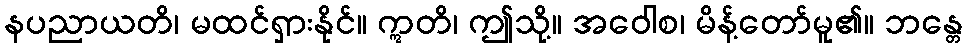
နပညာယတိ၊ မထင်ရှားနိုင်။ ဣတိ၊ ဤသို့။ အဝေါစ၊ မိန့်တော်မူ၏။ ဘန္တေ